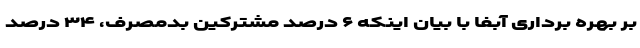
بر بهره برداری آبفا با بیان اینکه ۶ درصد مشترکین بدمصرف، ۳۴ درصد